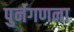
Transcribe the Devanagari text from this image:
पुर्नगणना